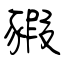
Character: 豭